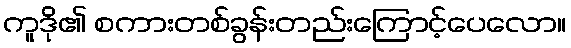
ကူဒို၏ စကားတစ်ခွန်းတည်းကြောင့်ပေလော။